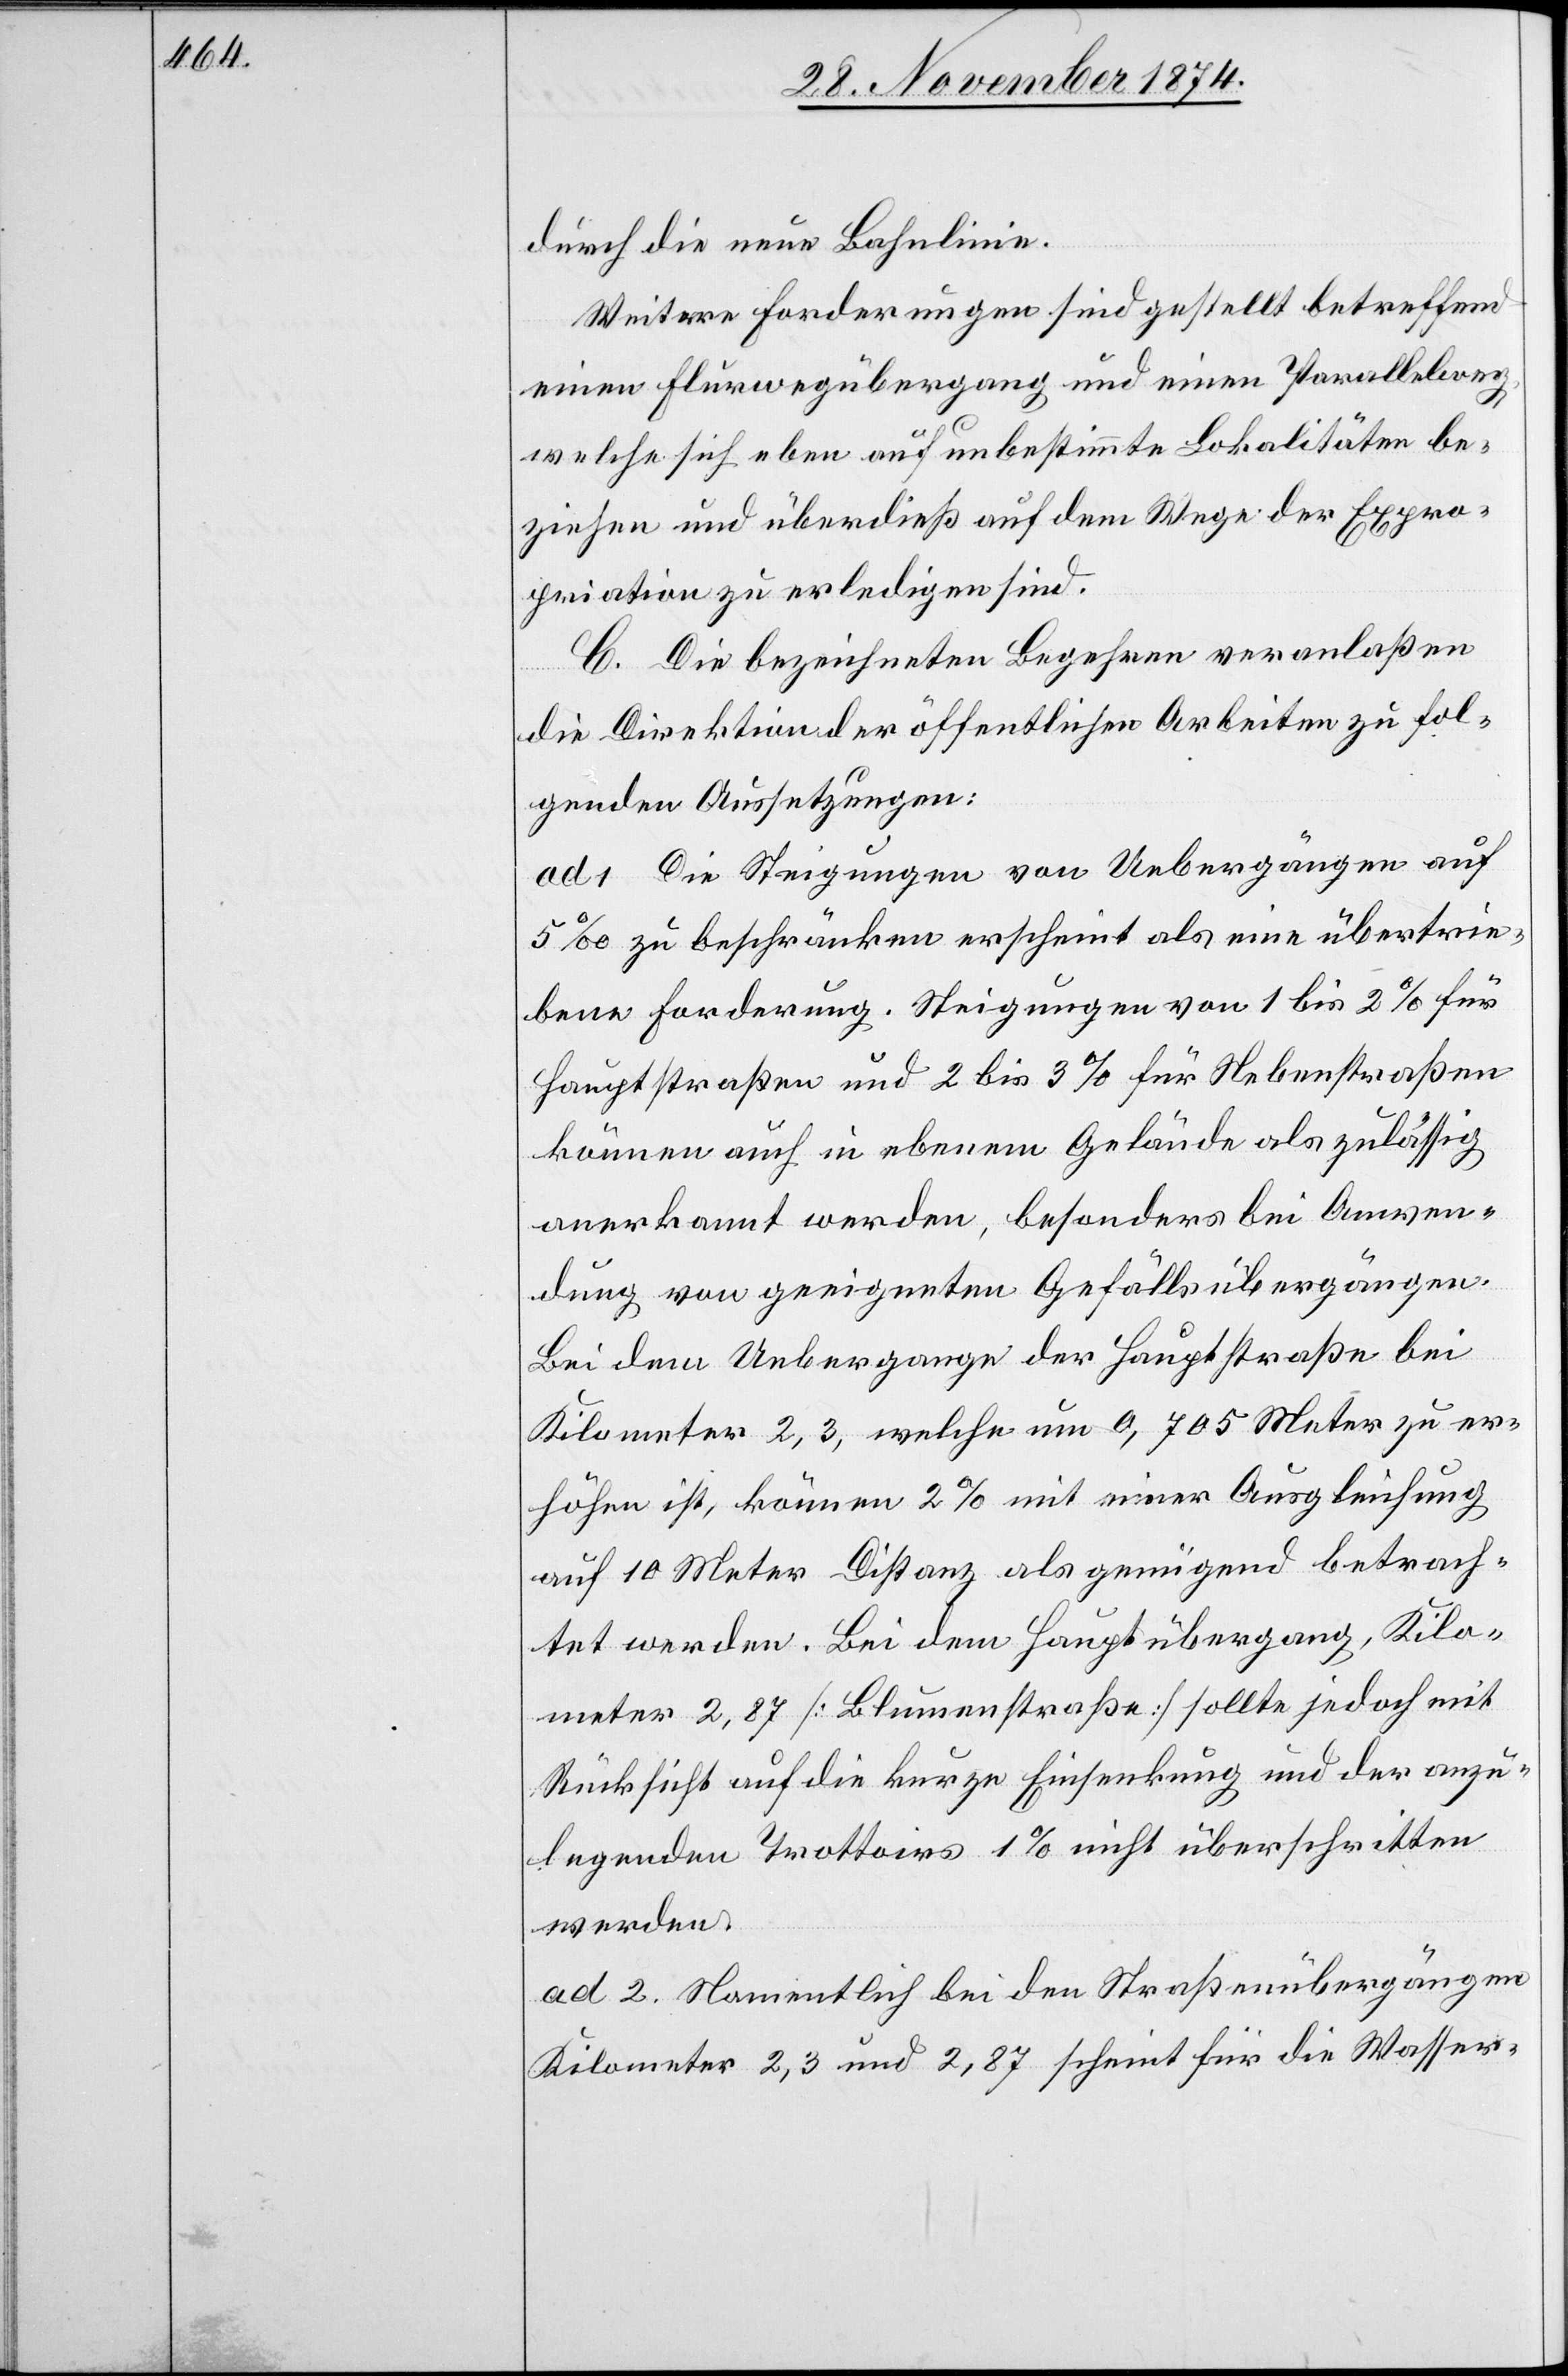
durch die neue Bahnlinie.
Weitere Forderungen sind gestellt betreffend
einen Flurwegübergang und einen Parallelweg
welche sich eben auf unbestimmte Lokalitäten be¬
ziehen und überdieß auf dem Wege der Expro¬
priation zu erledigen sind.
C. Die bezeichneten Begehren veranlaßen
die Direktion der öffentlichen Arbeiten zu fol¬
genden Aussetzungen:
ad 1 Die Steigungen von Uebergängen auf
5‰ zu beschränken erscheint als eine übertrie¬
bene Forderung. Steigungen von 1 bis 2% für
Hauptstraßen und 2–3% für Nebenstraßen
können auch in ebenem Gelände als zulässig
anerkannt werden, besonders bei Anwen¬
dung von geeigneten Gefällsübergängen.
Bei dem Uebergange der Hauptstraße bei
Kilometer 2,3, welche um 0,705 Meter zu er¬
höhen ist, können 2% mit einer Ausgleichung
auf 10 Meter Distanz als genügend betrach¬
tet werden. Bei dem Hauptübergang, Kilo¬
meter 2,87 [Blumenstraße] sollte jedoch mit
Rücksicht auf die kurze Einsenkung und der anzu¬
legenden Trottoirs 1% nicht überschritten
werden.
ad 2. Namentlich bei den Straßenübergängen
Kilometer 2,3 und 2,87 scheint für die Wasser-